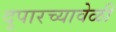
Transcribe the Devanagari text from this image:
दुपारच्यावेळी